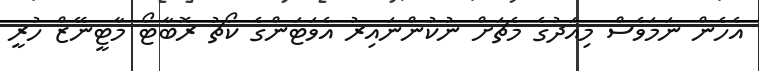
އެހެން ނަމަވެސް މިއަދުގެ މެޗަށް ނުކުންނައިރު އެވަޓަންގެ ކޯޗު ރޮބާޓޯ މާޓީނޭޒް ހުރީ